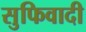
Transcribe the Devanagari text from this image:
सुफिवादी